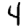
Digit: 4